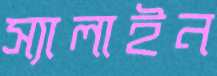
স্যালাইন